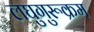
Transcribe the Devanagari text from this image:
लघुगुरूक्रम